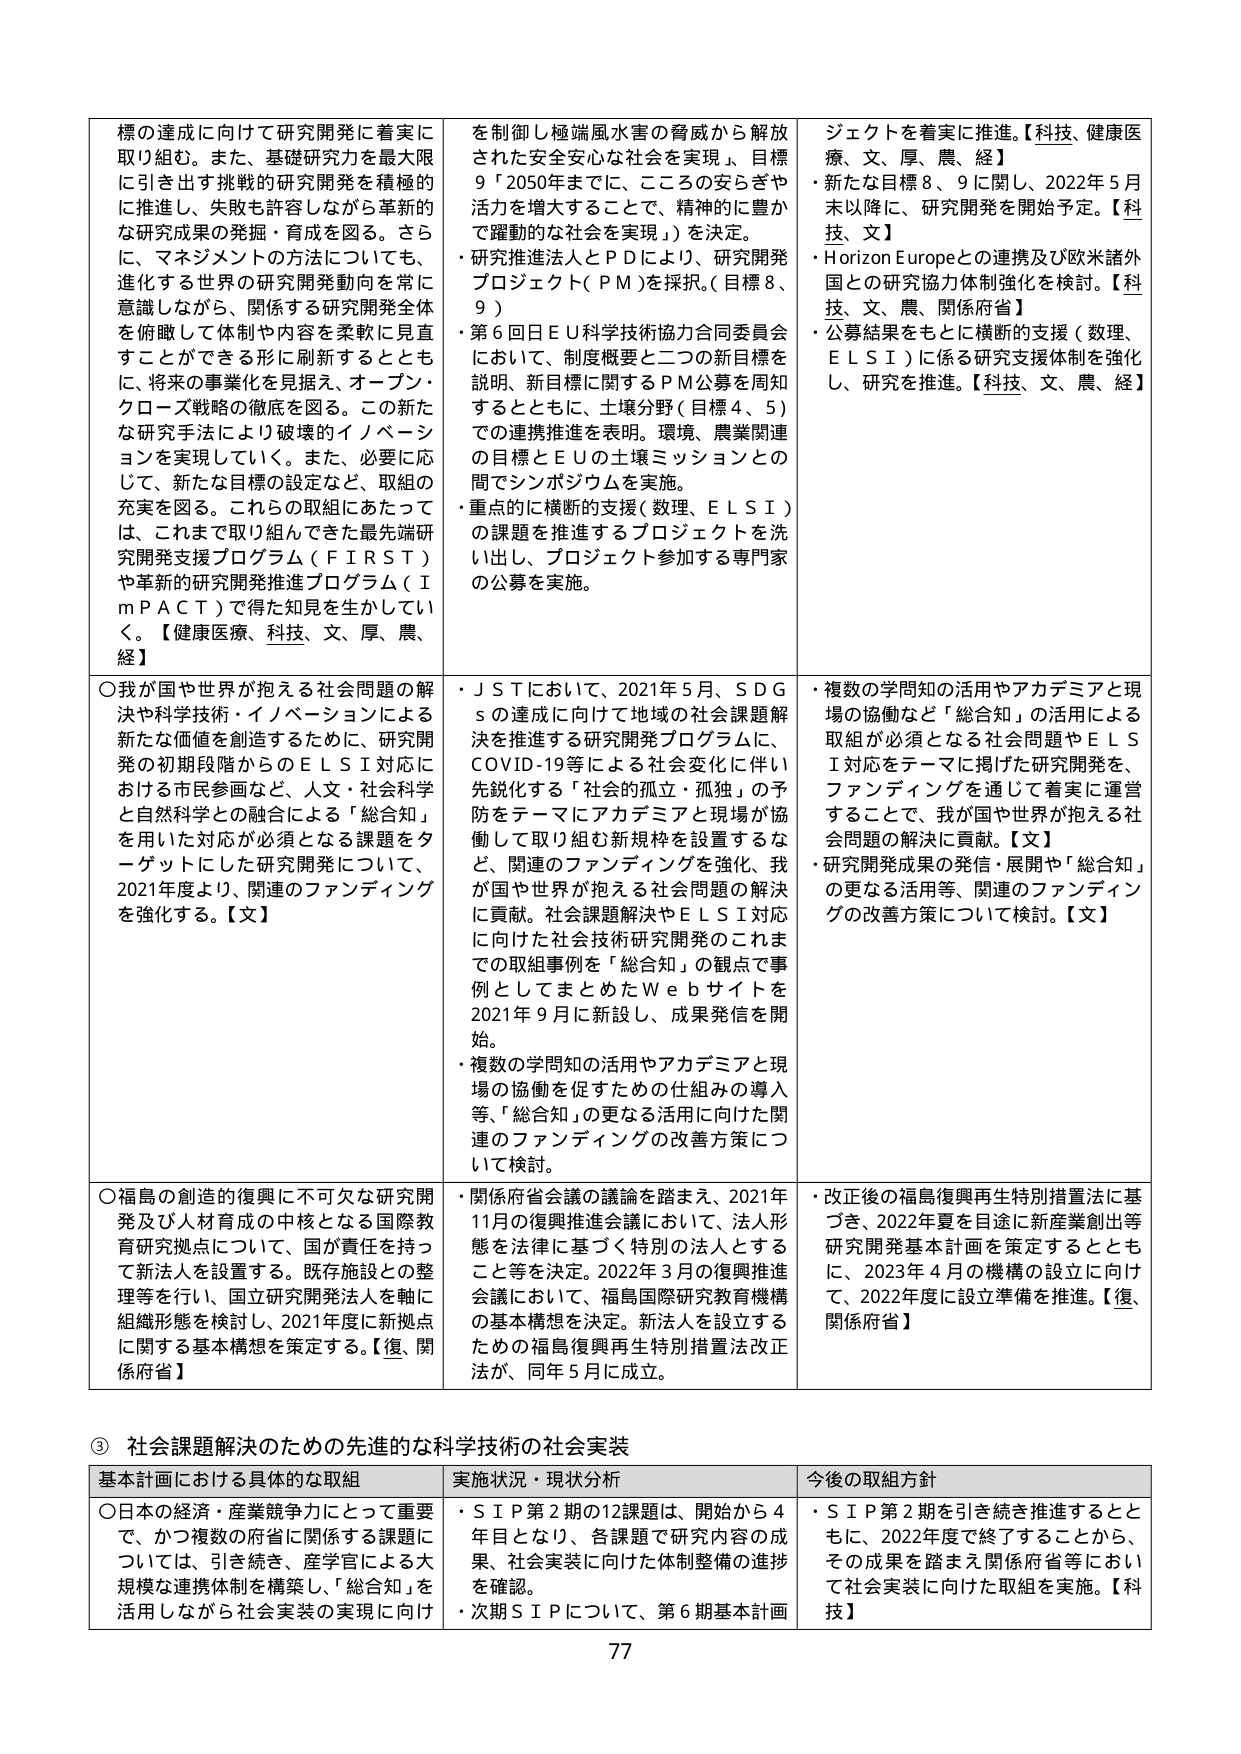
標の達成に向けて研究開発に着実に取り組む。また、基礎研究力を最大限に引き出す挑戦的研究開発を積極的に推進し、失敗も許容しながら革新的な研究成果の発掘・育成を図る。さらに、マネジメントの方法についても、進化する世界の研究開発動向を常に意識しながら、関係する研究開発全体を俯瞰して体制や内容を柔軟に見直すことができる形に刷新するとともに、将来の事業化を見据え、オープン・クローズ戦略の徹底を図る。この新たな研究手法により破壊的イノベーションを実現していく。また、必要に応じて、新たな目標の設定など、取組の充実を図る。これらの取組にあたっては、これまで取り組んできた最先端研究開発支援プログラム（ＦＩＲＳＴ）や革新的研究開発推進プログラム（ＩｍＰＡＣＴ）で得た知見を生かしていく。【健康医療、科技、文、厚、農、経】

○我が国や世界が抱える社会問題の解決や科学技術・イノベーションによる新たな価値を創造するため、研究開発の初期段階からのＥＬＳＩ対応における市民参画など、人文・社会科学と自然科学との融合による「総合知」を用いた対応が必須となる課題をターゲットとした研究開発について、2021年度より、関連のファンディングを強化する。【文】

○福島の創造的復興に不可欠な研究開発及び人材育成の中核となる国際教育研究拠点について、国が責任を持って新法人を設置する。既存施設との整理等を行い、国立研究開発法人を軸に組織形態を検討し、2021年度に新拠点に関する基本構想を策定する。【復、関係府省】

を制御し極端風水害の脅威から解放された安全安心な社会を実現」、目標9「2050年までに、こころの安らぎや活力を増大することで、精神的に豊かで躍動的な社会を実現」）を決定。
・研究推進法人とＰＤにより、研究開発プロジェクト（ＰＭ）を採択。（目標8、9）
・第6回日ＥＵ科学技術協力合同委員会において、制度概要と二つの新目標を説明、新目標に関するＰＭ公募を周知するとともに、土壌分野（目標4、5）での連携推進を表明。環境、農業関連の目標とＥＵの土壌ミッションとの間でシンポジウムを実施。
・重点的に横断的支援（数理、ＥＬＳＩ）の課題を推進するプロジェクトを洗い出し、プロジェクト参加する専門家の公募を実施。

・ＪＳＴにおいて、2021年5月、ＳＤＧｓの達成に向けて地域の社会課題解決を推進する研究開発プログラムに、ＣＯＶＩＤ-19等による社会変化に伴い先鋭化する「社会的孤立・孤独」の予防をテーマにアカデミアと現場が協働して取り組む新規枠を設置するなど、関連のファンディングを強化、我が国や世界が抱える社会問題の解決に貢献。社会課題解決やＥＬＳＩ対応に向けた社会技術研究開発のこれまでの取組事例を「総合知」の観点で事例としてまとめたＷｅｂサイトを2021年9月に新設し、成果発信を開始。
・複数の学問知の活用やアカデミアと現場の協働を促すための仕組みの導入等、「総合知」の更なる活用に向けた関連のファンディングの改善方策について検討。

・関係府省会議の議論を踏まえ、2021年11月の復興推進会議において、法人形態を法律に基づく特別の法人とすること等を決定。2022年3月の復興推進会議において、福島国際研究教育機構の基本構想を決定。新法人を設立するための福島復興再生特別措置法改正法が、同年5月に成立。

ジェクトを着実に推進。【科技、健康医療、文、厚、農、経】
・新たな目標8、9に関し、2022年5月末以降に、研究開発を開始予定。【科技、文】
・Horizon Europeとの連携及び欧米諸外国との研究協力体制強化を検討。【科技、文、農、関係府省】
・公募結果をもとに横断的支援（数理、ＥＬＳＩ）に係る研究支援体制を強化し、研究を推進。【科技、文、農、経】

・複数の学問知の活用やアカデミアと現場の協働など「総合知」の活用による取組が必須となる社会問題やＥＬＳＩ対応をテーマに掲げた研究開発を、ファンディングを通じて着実に運営することで、我が国や世界が抱える社会問題の解決に貢献。【文】
・研究開発成果の発信・展開の「総合知」の更なる活用等、関連のファンディングの改善方策について検討。【文】

・改正後の福島復興再生特別措置法に基づき、2022年夏を目途に新産業創出等研究開発基本計画を策定するとともに、2023年4月の機構の設立に向けて、2022年度に設立準備を推進。【復、関係府省】

③ 社会課題解決のための先進的な科学技術の社会実装
基本計画における具体的な取組 実状況・現状分析 今後の取組方針
○日本の経済・産業競争力にとって重要で、かつ複数の府省に関係する課題については、引き続き、産学官による大規模な連携体制を構築し、「総合知」を活用しながら社会実装の実現に向け
・ＳＩＰ第2期の12課題は、開始から4年目となり、各課題で研究内容の成果、社会実装に向けた体制整備の進捗を確認。
・次期ＳＩＰについて、第6期基本計画
・ＳＩＰ第2期を引き続き推進するとともに、2022年度で終了することから、その成果を踏まえ関係府省等において社会実装に向けた取組を実施。【科技】

77